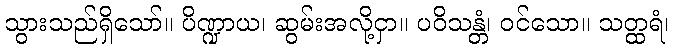
သွားသည်ရှိသော်။ ပိဏ္ဍာယ၊ ဆွမ်းအလို့ငှာ။ ပဝိသန္တံ၊ ဝင်သော။ သတ္ထရံ၊